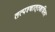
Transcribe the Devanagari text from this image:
तत्पश्‍चात्‌तक्षशिला